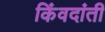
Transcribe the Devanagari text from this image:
किंवदांती